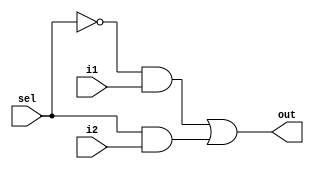
`timescale 1ns / 1ps
//////////////////////////////////////////////////////////////////////////////////
// Company: EE480
// 
// Design Name: 
// Module Name:    mux_2-1_rtl 
// Project Name: DVHW1 
// Target Devices: 
// Tool versions: 
// Description: 
//	2 to 1 MUX @ Register-Transfer-Level (RTL)
// Dependencies: 
//
// Revision: 
// Revision 0.01 - File Created
// Additional Comments: 
//
//////////////////////////////////////////////////////////////////////////////////
module mux_2_1_rtl(i1, i2, sel, out);
	input i1, i2, sel; //i1: input 1, i2: input 2, sel: select
	output out;
	
	//2:1 Multiplexer function
	assign out = (~sel & i1)|(sel & i2); 


endmodule